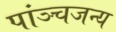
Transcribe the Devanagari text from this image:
पांञ्चजन्य